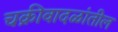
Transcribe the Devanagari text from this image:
चक्रीवादळांतील